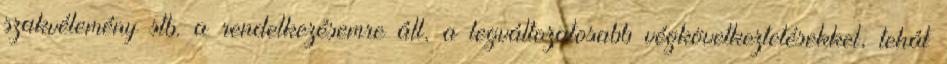
szakvélemény stb. a rendelkezésemre áll, a legváltozatosabb végkövetkeztetésekkel, tehát